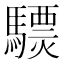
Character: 𩦈